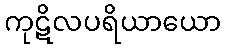
ကုဋိလပရိယာယော